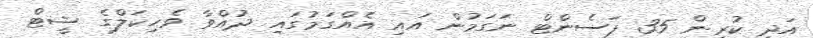
އަދި ކުރިން 35 ޕަސެންޓް ނަގަމުން އައި އެއްގަމުގައި ދުއްވާ ވެހިކަލްގެ ޝީޓް